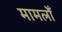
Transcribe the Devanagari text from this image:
मामलोँ